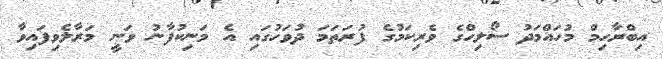
އިބްރާހިމް މުހައްމަދު ސޯލިހްގެ ވެރިކަމުގެ ފުރަތަމަ ދުވަހުގައި އެ މަނިކުފާނު ވަނީ މަރާލެވިފައިވާ